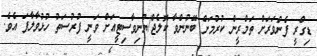
ޑިގްރީ ފެންވަރަށް ތަމްރީން ކުރުމަށް ބޭނުންވާ ކޮލެޖް/ޔުނިވާސިޓީއަށް ވަނީ ފުރުސަތު ހުޅުވާލާފަ އެވެ.